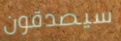
سيصدقون